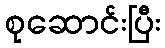
စုဆောင်းပြီး